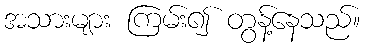
အသားများ ကြမ်း၍ တွန့်နေသည်။